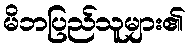
မိဘပြည်သူများ၏